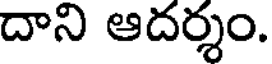
దాని ఆదర్శం.